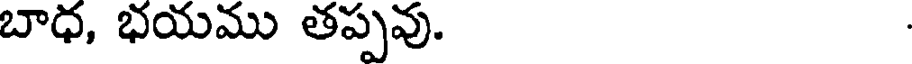
బాధ, భయము తప్పవు.